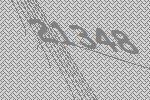
21348